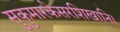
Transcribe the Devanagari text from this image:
सुकुमारकेसरशिखानि।